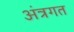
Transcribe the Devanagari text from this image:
अंत्रगत